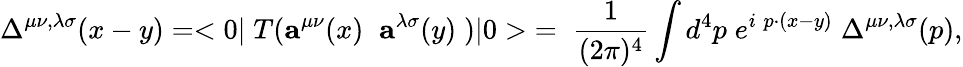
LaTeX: \Delta^{\mu\nu,\lambda\sigma}(x-y)=<0|\; T({\mathbf a}^{\mu\nu}(x)\; \; {\mathbf a}^{\lambda\sigma}(y)\; )|0>\; =\; \frac{1}{(2\pi)^{4}}\int d^{4}p\; e^{i\; p\cdot(x-y)}\; \Delta^{\mu\nu,\lambda\sigma}(p),